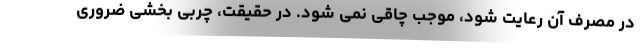
در مصرف آن رعایت شود، موجب چاقی نمی شود. در حقیقت، چربی بخشی ضروری